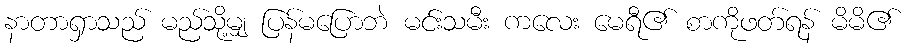
နာတာရှာသည် မည်သို့မျှ ပြန်မပြောဘဲ မင်းသမီး ကလေး မေရီ၏ စာကိုဖတ်ရန် မိမိ၏